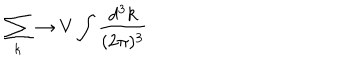
LaTeX: \sum _ { k } \to V \int \frac { d ^ { 3 } k } { ( 2 \pi ) ^ { 3 } } \nonumber